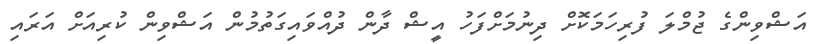
އަޝްވިންގެ ޖުމްލަ ފުރިހަމަކޮށް ދިނުމަށްފަހު އީޝް ދާން ދުއްވައިގަތުމުން އަޝްވިން ކުރިއަށް އަރައި